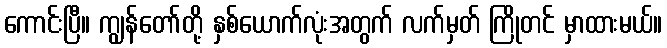
ကောင်းပြီ။ ကျွန်တော်တို့ နှစ်ယောက်လုံးအတွက် လက်မှတ် ကြိုတင် မှာထားမယ်။